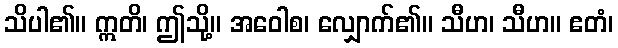
သိပါ၏။ ဣတိ၊ ဤသို့။ အဝေါစ၊ လျှောက်၏။ သီဟ၊ သီဟ။ ဧတံ၊